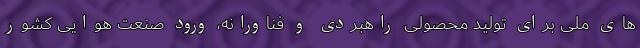
های ملی برای تولید محصولی راهبردی و فناورانه، ورود صنعت هوایی کشور